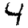
Digit: 4